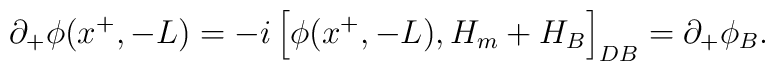
\partial_+ \phi(x^+,-L)=-i \left[\phi(x^+,-L),H_m + H_B\right]_{DB}= \partial_+ \phi_B.